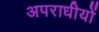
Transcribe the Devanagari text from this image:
अपराधीयों